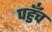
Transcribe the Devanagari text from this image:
पहुॅंच